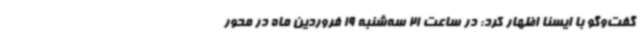
گفت‌وگو با ایسنا اظهار کرد: در ساعت 21 سه‌شنبه 19 فروردین ماه در محور